Specificity of antivenomous sera (second communication) - Number 10
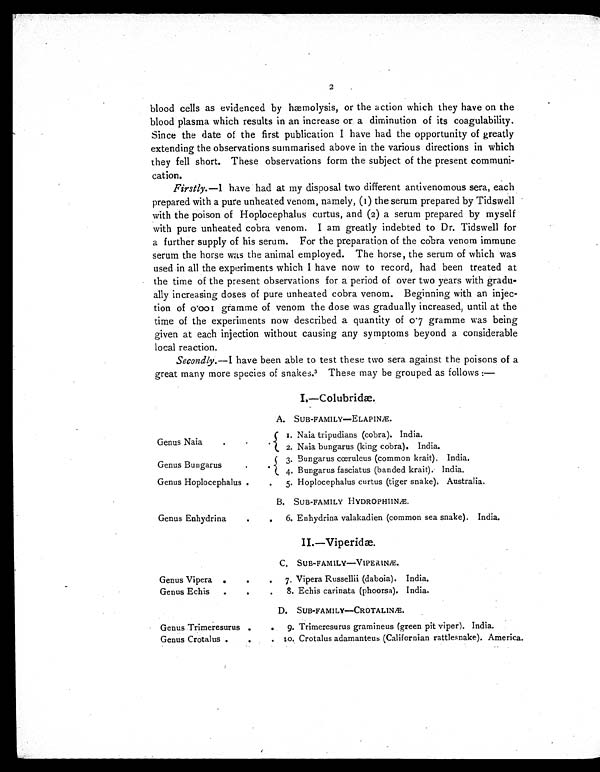
2
blood cells as evidenced by hæmolysis, or the action which they have on the
blood plasma which results in an increase or a diminution of its coagulability.
Since the date of the first publication I have had the opportunity of greatly
extending the observations summarised above in the various directions in which
they fell short. These observations form the subject of the present communi-
cation.
Firstly.—I have had at my disposal two different antivenomous sera, each
prepared with a pure unheated venom, namely, (1) the serum prepared by Tidswell
with the poison of Hoplocephalus curtus, and (2) a serum prepared by myself
with pure unheated cobra venom. I am greatly indebted to Dr. Tidswell for
a further supply of his serum. For the preparation of the cobra venom immune
serum the horse was the animal employed. The horse, the serum of which was
used in all the experiments which I have now to record, had been treated at
the time of the present observations for a period of over two years with gradu-
ally increasing doses of pure unheated cobra venom. Beginning with an injec-
tion of 0.001 gramme of venom the dose was gradually increased, until at the
time of the experiments now described a quantity of 0.7 gramme was being
given at each injection without causing any symptoms beyond a considerable
local reaction.
Secondly.— I have been able to test these two sera against the poisons of a
great many more species of snakes. 3 These may be grouped as follows:—
I.—Colubridæ.
A. SUB-FAMILY—ELAPINÆ.
Genus Naia
.
.
.
1. Naia tripudians (cobra). India.
2. Naia bungarus (king cobra). India.
Genus Bungarus
.
.
3. Bungarus cœruleus (common krait). India.
4. Bungarus fasciatus (banded krait). India.
Genus Hoplocephalus .
.
5. Hoplocephalus curtus (tiger snake). Australia.
B. SUB-FAMILY HYDROPHIINÆ.
Genus Enhydrin
.
.
6. Enhydrina valakadien (common sea snake). India.
II.—Viperidæ.
C. SUB-FAMILY—VIPERINÆ.
Genus V ipera .
.
. 7. Vipera Russellii (daboia). India.
Genus Echis
.
.
.
8. Echis carinata (phoorsa). India.
D. SUB-FAMILY—CROTALINÆ.
Genus Trimeresurus .
.
9. Trimeresurus gramineus (green pit viper). India.
Genus Crotalus .
.
.
10. Crotalus adamanteus (Californian rattlesnake). America.